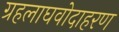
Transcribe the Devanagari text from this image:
ग्रहलाघवोदाहरण